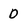
Character: D